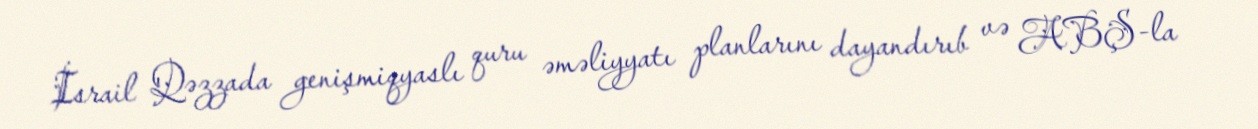
İsrail Qəzzada genişmiqyaslı quru əməliyyatı planlarını dayandırıb və ABŞ-la